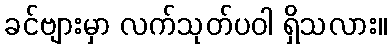
ခင်ဗျားမှာ လက်သုတ်ပဝါ ရှိသလား။